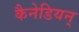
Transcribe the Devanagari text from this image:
कैनेडियन्